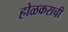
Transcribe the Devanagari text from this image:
होळकराची